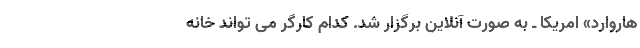
هاروارد» امریکا ـ به صورت آنلاین برگزار شد. کدام کارگر می تواند خانه